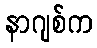
နာဂျစ်က